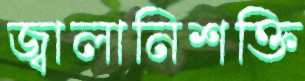
জ্বালানিশক্তি